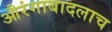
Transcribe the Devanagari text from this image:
औरंगाबादलाच